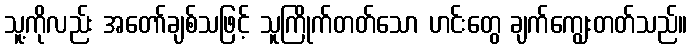
သူ့ကိုလည်း အတော်ချစ်သဖြင့် သူကြိုက်တတ်သော ဟင်းတွေ ချက်ကျွေးတတ်သည်။